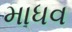
માધવ